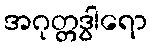
အဂုတ္တဒွါရော